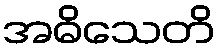
အဓိသေတိ